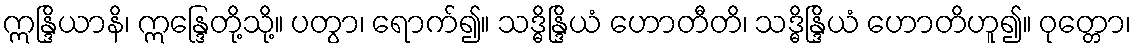
ဣန္ဒြိယာနိ၊ ဣန္ဒြေတို့သို့။ ပတွာ၊ ရောက်၍။ သဒ္ဓိန္ဒြိယံ ဟောတီတိ၊ သဒ္ဓိန္ဒြိယံ ဟောတိဟူ၍။ ဝုတ္တော၊